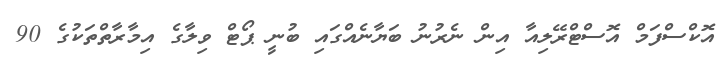
އޮކްސްފަމް އޮސްޓްރޭލިއާ އިން ނެރުނު ބަޔާނެއްގައި ބުނީ ޕޯޓް ވިލާގެ އިމާރާތްތަކުގެ 90